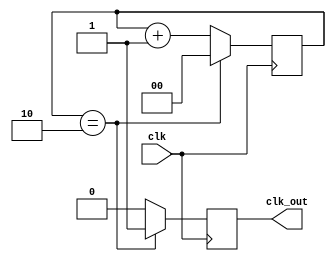
module clk_div3(clk, clk_out);
 
input clk;
output reg clk_out;
 
reg [1:0] pos_count = 2'b00; 
reg [1:0] neg_count = 2'b00;
wire [1:0] r_nxt;
 
//always @(posedge clk)
//if (pos_count ==2) pos_count <= 0;
//else pos_count<= pos_count +1;
 
//always @(negedge clk)
//if (neg_count ==2) neg_count <= 0;
//else neg_count<= neg_count +1;
 
//assign clk_out = ((pos_count == 2) | (neg_count == 2));

always @(posedge clk) begin
	if (pos_count ==2) begin
		pos_count <= 0;
		clk_out <= 1'b1;
	end
	else begin
		pos_count<= pos_count +1;
		clk_out <= 1'b0;
	end
end

endmodule